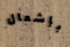
بإشعال